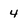
Character: 4